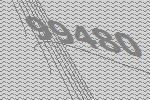
99480